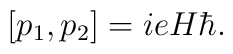
[p_1, p_2] = i e H \hbar.